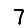
Digit: 7